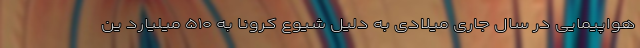
هواپیمایی در سال جاری میلادی به دلیل شیوع کرونا به ۵۱۰ میلیارد ین